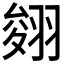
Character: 𦑂